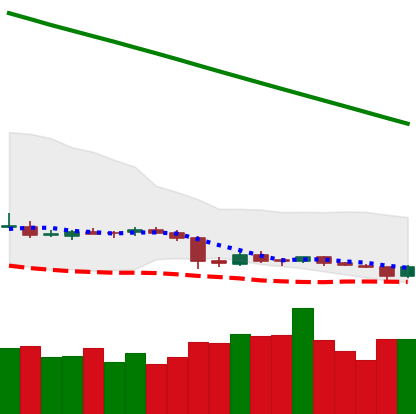
Ticker: ETC-USD
Chart end date: 2019-02-07
Forward return: 5.734%
Label: up_5_7